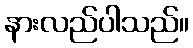
နားလည်ပါသည်။